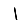
Digit: 1